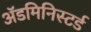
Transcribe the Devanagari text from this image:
ॲडमिनिस्टर्ड